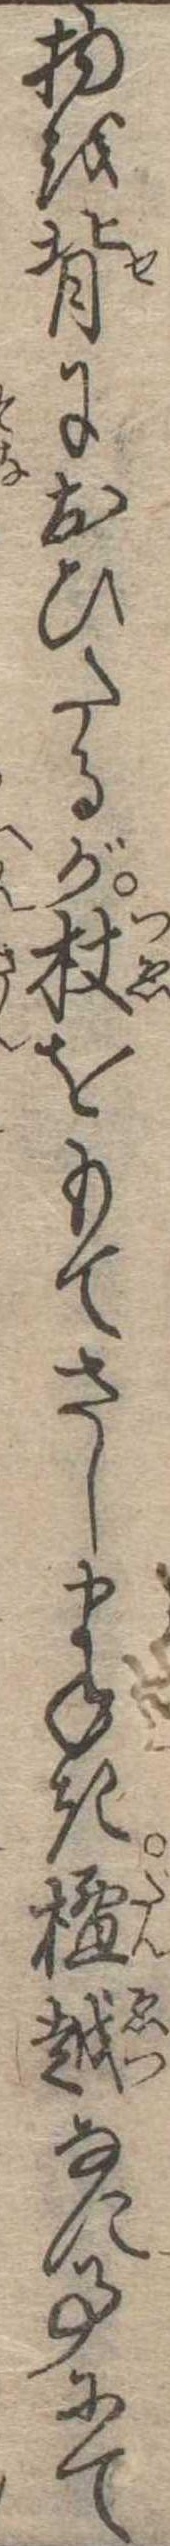
物を背におひたるが杖をもてさしまねき檀越なに事にて